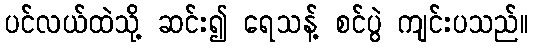
ပင်လယ်ထဲသို့ ဆင်း၍ ရေသန့် စင်ပွဲ ကျင်းပသည်။